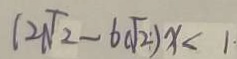
( 2 \sqrt { 2 } - 6 \sqrt { 2 } ) x < 1 .